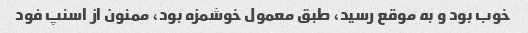
خوب بود و به موقع رسید، طبق معمول خوشمزه بود، ممنون از اسنپ فود